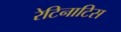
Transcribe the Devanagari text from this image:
रेटिनाटिस